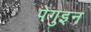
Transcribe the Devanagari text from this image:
पेगुइन